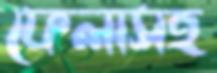
ফেলাসহ